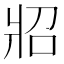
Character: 㸛